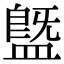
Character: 䀈